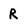
Character: r